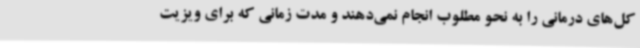
کل‌های درمانی را به نحو مطلوب انجام نمی‌دهند و مدت زمانی که برای ویزیت